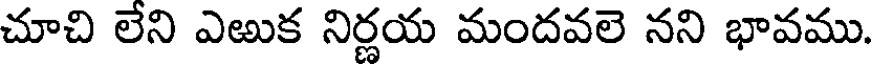
చూచి లేని ఎఱుక నిర్ణయ మందవలె నని భావము.